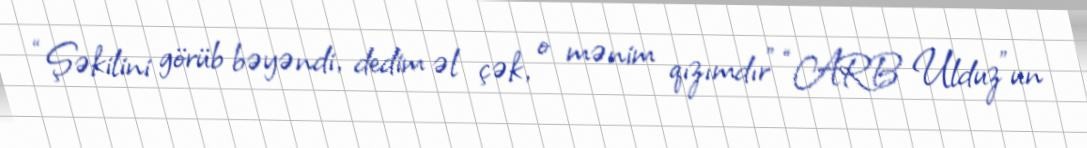
“Şəkilini görüb bəyəndi, dedim əl çək, o mənim qızımdır” “ARB Ulduz”un